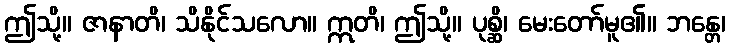
ဤသို့။ ဇာနာတိ၊ သိနိုင်သလော။ ဣတိ၊ ဤသို့။ ပုစ္ဆိ၊ မေးတော်မူ၏။ ဘန္တေ၊